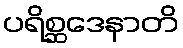
ပရိစ္ဆဒေနာတိ